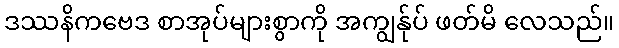
ဒဿနိကဗေဒ စာအုပ်များစွာကို အကျွန်ုပ် ဖတ်မိ လေသည်။